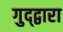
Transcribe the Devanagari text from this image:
गुद्द्वारा